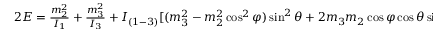
\begin{array} { r } { 2 E = \frac { m _ { 2 } ^ { 2 } } { I _ { 1 } } + \frac { m _ { 3 } ^ { 2 } } { I _ { 3 } } + I _ { ( 1 - 3 ) } [ ( m _ { 3 } ^ { 2 } - m _ { 2 } ^ { 2 } \cos ^ { 2 } \varphi ) \sin ^ { 2 } \theta + 2 m _ { 3 } m _ { 2 } \cos \varphi \cos \theta \sin \theta ] . } \end{array}